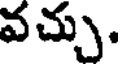
వచ్చు.